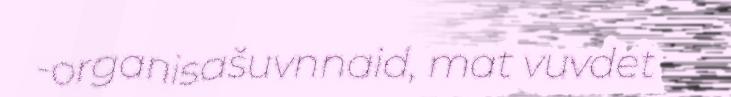
-organisašuvnnaid, mat vuvdet